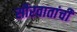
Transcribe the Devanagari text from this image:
सौरवातांची